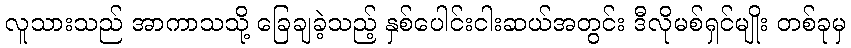
လူသားသည် အာကာသသို့ ခြေချခဲ့သည့် နှစ်ပေါင်းငါးဆယ်အတွင်း ဒီလိုမစ်ရှင်မျိုး တစ်ခုမှ